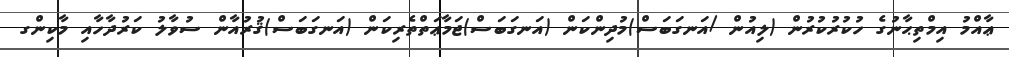
ޢާއްމު އިމްތިޙާނުގެ ހުކުރުކުރުން (ލިއުން /އަނގަބަސް)މުދިންކަން (އަނގަބަސް)ޖަމާޢަތްތެރިކަން (އަނގަބަސް)ޤުރުއާން ސުވާލު ކަރުދާހާއި މާކިންގ